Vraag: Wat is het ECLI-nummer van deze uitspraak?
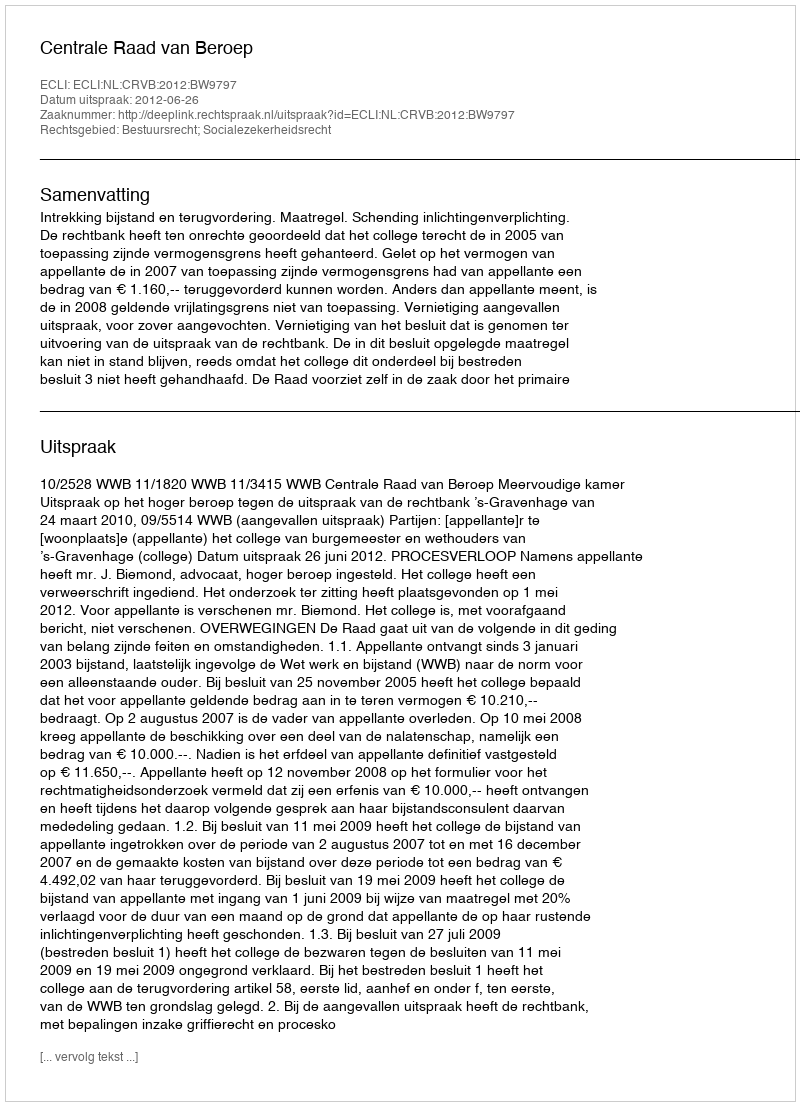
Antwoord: ECLI:NL:CRVB:2012:BW9797